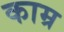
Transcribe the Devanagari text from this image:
काम्र